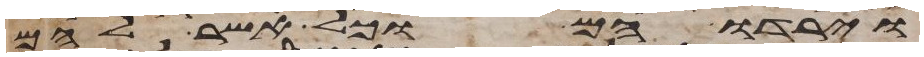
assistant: וירדו הם וכל אשר להם